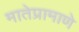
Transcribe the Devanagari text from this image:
मातेप्रामाणे